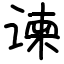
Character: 谏